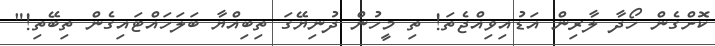
ކޮށްގެން ހޯދާ ލާރިން އަޑުއިވިއްޖެތަ! ތި މީހުން ދުނިޔޭގަ ތިބިއްޔާ ބަލަހައްޓައިގެން ތިބޭތި!"